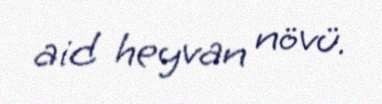
aid heyvan növü.